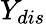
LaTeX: Y_{dis}